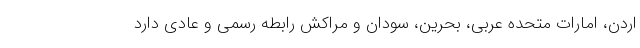
اردن، امارات متحده عربی، بحرین، سودان و مراکش رابطه رسمی و عادی دارد